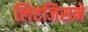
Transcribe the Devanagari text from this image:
लिएजिसने